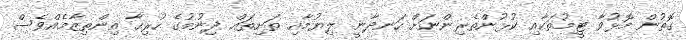
ގޮތުން މޮޅުވާ ޓީމުތަކާއި ކުޅުންތެރިންނަށް ހަނދާނީ ލިޔުމާއި ތަށިތައް ދިނުމުގެ ހުރިހާ އިންތިޒާމެއްވެސް